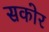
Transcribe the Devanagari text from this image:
सकोर